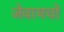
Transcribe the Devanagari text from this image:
जेवायचो